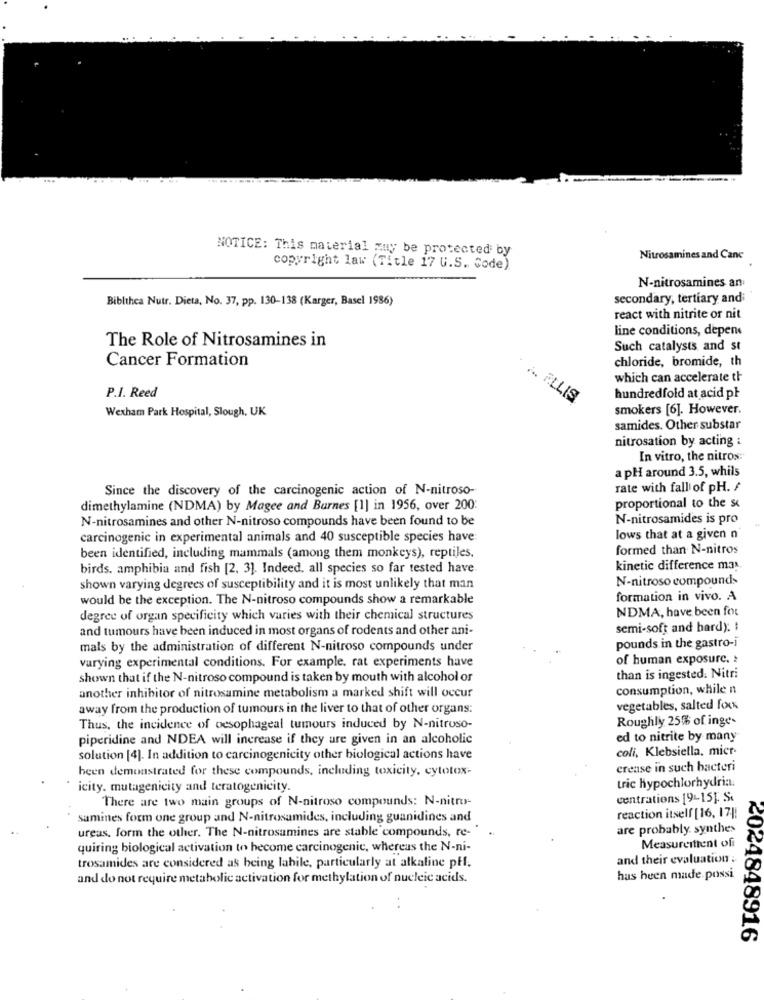
...
NOTICE: This material may be protected by
Nitrosamines and Canc
copyright law (Title 17 U.S. Code).
N-nitrosamines an
Biblthea Nutr. Dieta, No. 37, pp. 130-138 (Karger, Basel 1986)
secondary, tertiary andi
react with nitrite or nit
line conditions, depen
The Role of Nitrosamines in
Such catalysts and st
Cancer Formation
chloride, bromide, th
which can accelerate th
P.I. Reed
... F.LLIS
hundredfold at acid př
Wexham Park Hospital, Slough, UK
smokers [6]. However.
samides. Other substar
nitrosation by acting i
In vitro, the nitros:
a pH around 3.5, whils
Since the discovery of the carcinogenic action of N-nitroso-
rate with fall of pH. /
dimethylamine (NDMA) by Magee and Burnes [1] in 1956, over 200:
proportional to the s
N-nitrosamines and other N-nitroso compounds have been found to be
N-nitrosamides is pro
carcinogenic in experimental animals and 40 susceptible species have
lows that at a given n
formed than N-nitros
been identified, including mammals (among them monkeys), reptiles.
birds. amphibia and fish [2. 3]. Indeed. all species so far tested have
kinetic difference may
N-nitroso compounds
shown varying degrees of susceptibility and it is most unlikely that man
would be the exception. The N-nitroso compounds show a remarkable
formation in vivo. A
NDMA, have been for
degree of organ specificity which varies with their chemical structures
and tumours have been induced in most organs of rodents and other ani-
semi-soft and hardy: :
mals by the administration of different N-nitroso compounds under
pounds in the gastro-i
varying experimental conditions. For example. rat experiments have
of human exposure.
shown that if the N-nitroso compound is taken by mouth with alcohol or
than is ingested. Nitri
another inhibitor of nitrosamine metabolism a marked shift will occur
consumption, while n
away from the production of tumours in the liver to that of other organs:
vegetables, salted foxx
Roughly 25% of inges
Thus, the incidence of oesophageal tumours induced by N-nitroso-
piperidine and NDEA will increase if they are given in an alcoholic
ed to nitrite by many
coli, Klebsiella, micr
solution [4]. In addition to carcinogenicity other biological actions have
been demonstrated for these compounds, including toxicity, cytotox-
crease in such bacteri
tric hypochlorhydria.
icity. mutagenicity and teratogenicity.
There are two main groups of N-nitroso compounds: N-nitro-
centrations 19-15]. S.
samines form one group and N-nitrosamides, including guanidines and
reaction itself [16, 17]!
ureas, form the other. The N-nitrosamines are stable compounds, re-"
are probably. synthes
quiring biological activation to become carcinogenic, whereas the N-ni-
Measureittent of
and their evaluation ;
trosamides are considered as being lahile, particularly at alkaline pff.
and do not require metabolic activation for methylation of nucleic acids.
has been made possi
<044848916